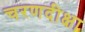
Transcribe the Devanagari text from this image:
चरणदीक्षा